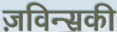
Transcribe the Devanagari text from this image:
ज़विन्सकी